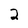
Character: 2